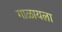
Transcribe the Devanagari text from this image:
गाळायला